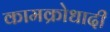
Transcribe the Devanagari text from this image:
कामक्रोधादी